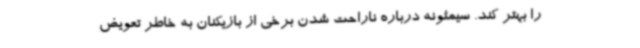
را بهتر کند. سیمئونه درباره ناراحت شدن برخی از بازیکنان به خاطر تعویض